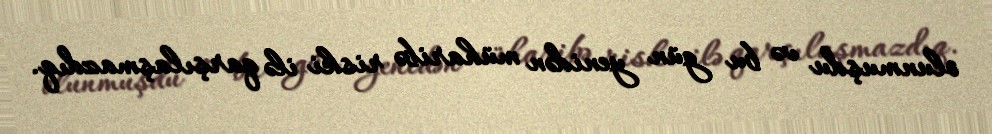
olunmuşdu və bu gün yenidən müharibə riski ilə qarşılaşmazdıq.